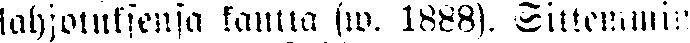
lahjoituksensa kautta (w. 1888). Sittemmin